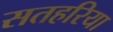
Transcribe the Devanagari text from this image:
सतहरिया